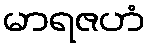
မာရဇဟံ